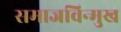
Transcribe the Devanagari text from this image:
समाजविन्मुख